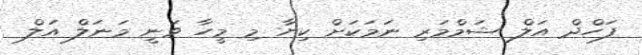
ފަހްދް އަލް ޝަމްމަރި ނަމަކަށް ކިޔާ މި މީހާ ވަނީ މަނަލް އަލް